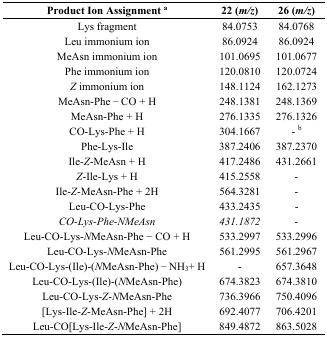
<table><thead><tr><td><b>Product Ion Assignment <sup>a</sup></b></td><td><b>22 (<i>m/z</i>)</b></td><td><b>26 (<i>m/z</i>)</b></td></tr></thead><tbody><tr><td>Lys fragment</td><td>84.0753</td><td>84.0768</td></tr><tr><td>Leu immonium ion</td><td>86.0924</td><td>86.0924</td></tr><tr><td>MeAsn immonium ion</td><td>101.0695</td><td>101.0677</td></tr><tr><td>Phe immonium ion</td><td>120.0810</td><td>120.0724</td></tr><tr><td><i>Z</i> immonium ion</td><td>148.1124</td><td>162.1273</td></tr><tr><td>MeAsn-Phe − CO + H</td><td>248.1381</td><td>248.1369</td></tr><tr><td>MeAsn-Phe + H</td><td>276.1335</td><td>276.1326</td></tr><tr><td>CO-Lys-Phe + H</td><td>304.1667</td><td>- <sup>b</sup></td></tr><tr><td>Phe-Lys-Ile</td><td>387.2406</td><td>387.2370</td></tr><tr><td>Ile-<i>Z</i>-MeAsn + H</td><td>417.2486</td><td>431.2661</td></tr><tr><td><i>Z</i>-Ile-Lys + H</td><td>415.2558</td><td>-</td></tr><tr><td>Ile-<i>Z</i>-MeAsn-Phe + 2H</td><td>564.3281</td><td>-</td></tr><tr><td>Leu-CO-Lys-Phe</td><td>433.2435</td><td>-</td></tr><tr><td><i>CO-Lys-Phe-NMeAsn</i></td><td><i>431.1872</i></td><td>-</td></tr><tr><td>Leu-CO-Lys-<i>N</i>MeAsn-Phe − CO + H</td><td>533.2997</td><td>533.2996</td></tr><tr><td>Leu-CO-Lys-<i>N</i>MeAsn-Phe</td><td>561.2995</td><td>561.2967</td></tr><tr><td>Leu-CO-Lys-(Ile)-(<i>N</i>MeAsn-Phe) − NH<sub>3</sub>+ H</td><td>-</td><td>657.3648</td></tr><tr><td>Leu-CO-Lys-(Ile)-(<i>N</i>MeAsn-Phe)</td><td>674.3823</td><td>674.3810</td></tr><tr><td>Leu-CO-Lys-<i>Z</i>-<i>N</i>MeAsn-Phe</td><td>736.3966</td><td>750.4096</td></tr><tr><td>[Lys-Ile-<i>Z</i>-MeAsn-Phe] + 2H</td><td>692.4077</td><td>706.4201</td></tr><tr><td>Leu-CO[Lys-Ile-<i>Z</i>-<i>N</i>MeAsn-Phe]</td><td>849.4872</td><td>863.5028</td></tr></tbody></table>